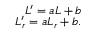
\begin{array} { r } { L ^ { \prime } = a L + b } \\ { L _ { r } ^ { \prime } = a L _ { r } + b . } \end{array}